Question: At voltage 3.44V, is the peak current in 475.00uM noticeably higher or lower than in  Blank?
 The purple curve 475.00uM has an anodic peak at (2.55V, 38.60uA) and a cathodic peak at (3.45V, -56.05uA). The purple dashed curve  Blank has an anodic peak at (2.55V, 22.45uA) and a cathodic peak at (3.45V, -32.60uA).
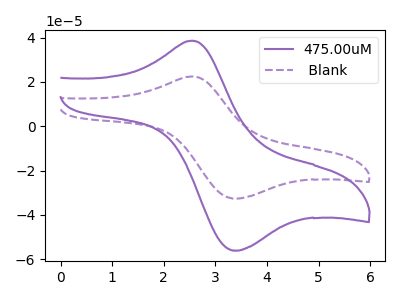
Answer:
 <answer>The peak at 3.44V is higher in "475.00uM" than in " Blank".</answer>
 <eval>higher</eval>